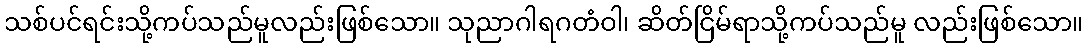
သစ်ပင်ရင်းသို့ကပ်သည်မူလည်းဖြစ်သော။ သုညာဂါရဂတံဝါ၊ ဆိတ်ငြိမ်ရာသို့ကပ်သည်မူ လည်းဖြစ်သော။